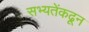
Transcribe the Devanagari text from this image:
सभ्यतेंकढून